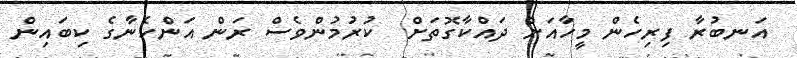
އަނބުރާ ފިރިހެން މީހާއަށް ދައްކާގޮތަށް  ކުރުމުންވެސް ރަން އަންހެނާގެ ކިބައިން